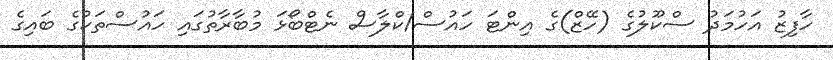
ހާފިޒު އަހުމަދު ސްކޫލުގެ (ހޭޒް)ގެ އިންޓަ ހައުސް/ކްލާސް ނެޓްބޯޅަ މުބާރާތުގައި ހައުސްތަކުގެ ބައިގެ